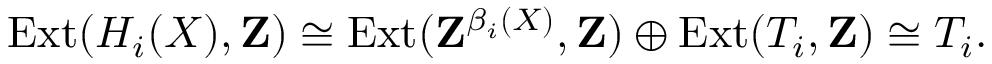
\operatorname { E x t } ( H _ { i } ( X ) , \mathbf { Z } ) \cong \operatorname { E x t } ( \mathbf { Z } ^ { \beta _ { i } ( X ) } , \mathbf { Z } ) \oplus \operatorname { E x t } ( T _ { i } , \mathbf { Z } ) \cong T _ { i } .